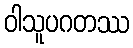
ဝါသူပဂတဿ